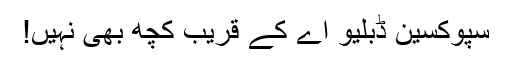
سپوکسین ڈبلیو اے کے قریب کچھ بھی نہیں!